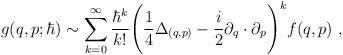
LaTeX: \begin{align*}g(q,p;\hbar)\sim \sum_{k=0}^{\infty}\frac{\hbar^k}{k!}\Bigg(\frac{1}{4}\Delta_{(q,p)}-\frac{i}{2}\partial_q\cdot \partial_p\Bigg)^kf(q,p) \ ,\end{align*}